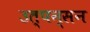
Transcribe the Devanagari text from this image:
उत्पन्सन